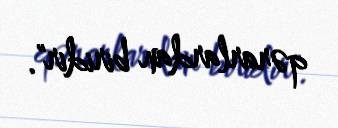
qərarlardan biridir".